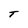
Character: T